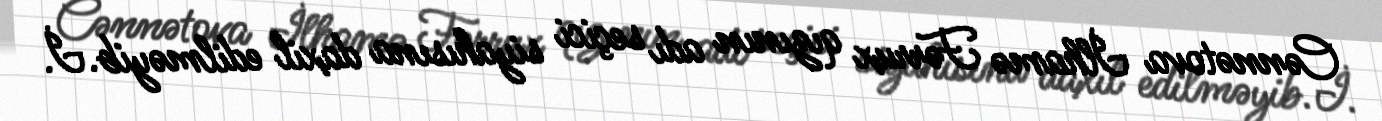
Cənnətova İlhamə Fərrux qızının adı seçici siyahısına daxil edilməyib.İ.